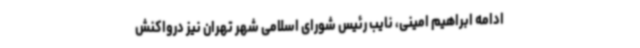
ادامه ابراهیم امینی، نایب رئیس شورای اسلامی شهر تهران نیز درواکنش